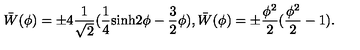
\bar { W } ( \phi ) = \pm 4 \frac { 1 } { \sqrt 2 } ( \frac { 1 } { 4 } \mathrm { s i n h } 2 \phi - \frac { 3 } { 2 } \phi ) , \bar { W } ( \phi ) = \pm \frac { \phi ^ { 2 } } { 2 } ( \frac { \phi ^ { 2 } } { 2 } - 1 ) .